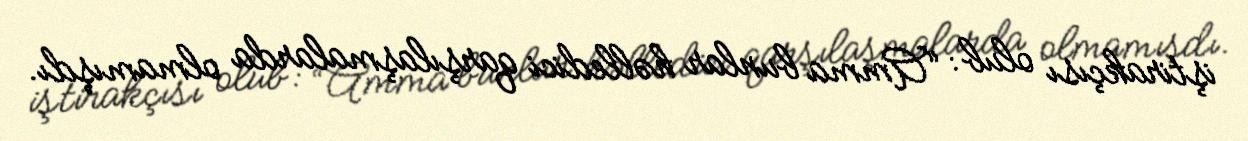
iştirakçısı olub: “Amma bunlar həlledici qarşılaşmalarda olmamışdı.